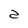
Character: z